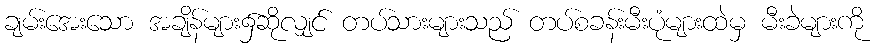
ချမ်းအေးသော အချိန်များ၌ဆိုလျှင် တပ်သားများသည် တပ်စခန်းမီးပုံများထဲမှ မီးခဲများကို